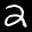
Digit: 2